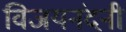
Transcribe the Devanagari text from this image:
विजयनंदनी